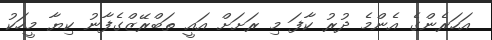
އަހަރެންގެ އެންމެ ދުރު ކާފަ މި ރަށަށް އައީ ތަބްރޭޒްގެފާނު ކިޔާ މީހަކު